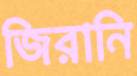
জিরানি